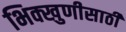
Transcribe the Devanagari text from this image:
भिक्खुणीसाठी